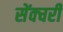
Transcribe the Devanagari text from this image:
सेंक्चरी